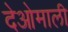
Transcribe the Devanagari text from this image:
देओमाली